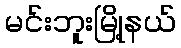
မင်းဘူးမြို့နယ်